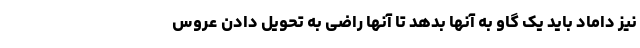
نیز داماد باید یک گاو به آنها بدهد تا آنها راضی به تحویل دادن عروس